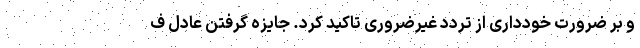
و بر ضرورت خودداری از تردد غیرضروری تاکید کرد. جایزه گرفتن عادل ف